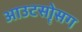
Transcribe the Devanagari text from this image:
आउटसोॄसग